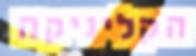
הקליניקה